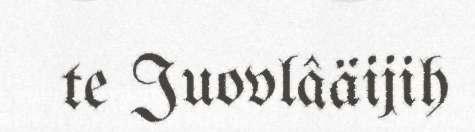
te Juovlâäijih